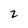
Character: 2